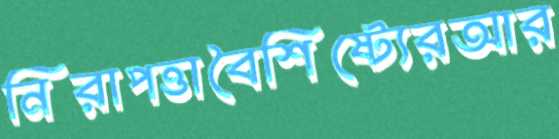
নিরাপত্তাবৈশিষ্ট্যেরআর